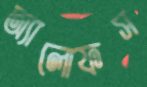
অ্যালোফস